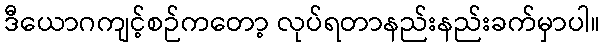
ဒီယောဂကျင့်စဉ်ကတော့ လုပ်ရတာနည်းနည်းခက်မှာပါ။